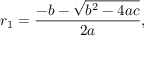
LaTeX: r _ { 1 } = { \frac { - b - { \sqrt { b ^ { 2 } - 4 a c } } } { 2 a } } ,